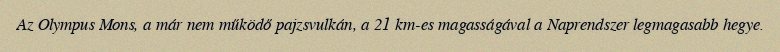
Az Olympus Mons, a már nem működő pajzsvulkán, a 21 km-es magasságával a Naprendszer legmagasabb hegye.